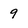
Character: 9